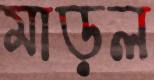
মাড়ল